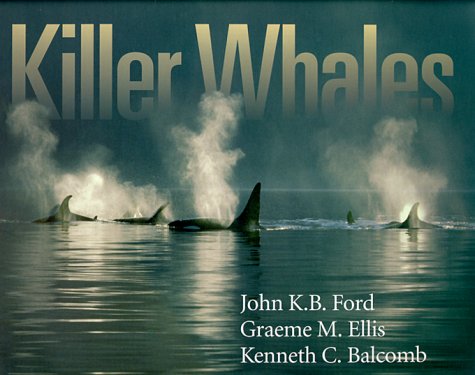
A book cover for Killer Whales: The Natural History and Genealogy of Orcinus Orca in British Columbia and Washington State; John K. B. Ford; Sports & Outdoors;